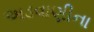
અડવાણીના